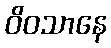
ဝိဝသာနေ